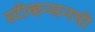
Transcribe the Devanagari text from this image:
स्टीव्हन्‍सनची